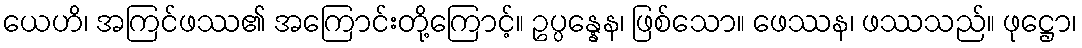
ယေဟိ၊ အကြင်ဖဿ၏ အကြောင်းတို့ကြောင့်။ ဥပ္ပန္နေန၊ ဖြစ်သော။ ဖေဿန၊ ဖဿသည်။ ဖုဋ္ဌော၊